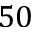
5 0